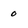
Character: 0